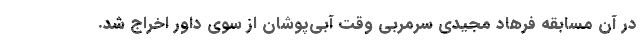
در آن مسابقه فرهاد مجیدی سرمربی وقت آبی‌پوشان از سوی داور اخراج شد.